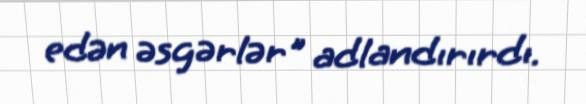
edən əsgərlər" adlandırırdı.